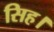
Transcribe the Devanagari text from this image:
सिह।